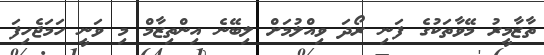
ތާޒާމީރު މޭވާތަކުގެ ފަނި ރޯދަ ވިއްލުމަށް ލިބޭނެ އިންތިޒާމް މި ވަނީ ހަމަޖެހިފަ